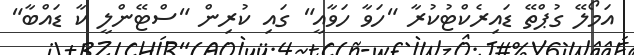
އަމޯލޭ ގުޕްތޭ ޑައިރެކްޓުކުރާ "ހަވާ ހަވާއީ" ގައި ކުރިން "ސްޓޭންލީ ކާ ޑައްބާ"